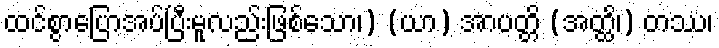
ထင်စွာပြောအပ်ပြီးမူလည်းဖြစ်သော၊) (ယာ) အာပတ္တိ (အတ္ထိ၊) တဿ၊